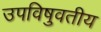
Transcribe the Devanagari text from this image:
उपविषुवतीय